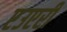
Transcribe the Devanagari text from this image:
एउएरी